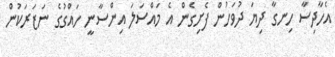
އެހާދިސާ ހިނގާ ދިޔަ ދުވަހުން ފެށިގެން އެ މައްސަލަ އިންސާނީ ހައްގުގެ ނަޒަރަކުން